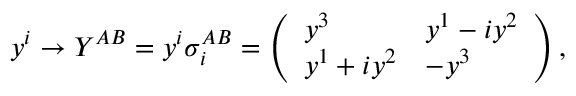
y ^ { i } \rightarrow Y ^ { A B } = y ^ { i } \sigma _ { i } ^ { A B } = \left( \begin{array} { l l } { { y ^ { 3 } } } & { { y ^ { 1 } - i y ^ { 2 } } } \\ { { y ^ { 1 } + i y ^ { 2 } } } & { { - y ^ { 3 } } } \end{array} \right) ,